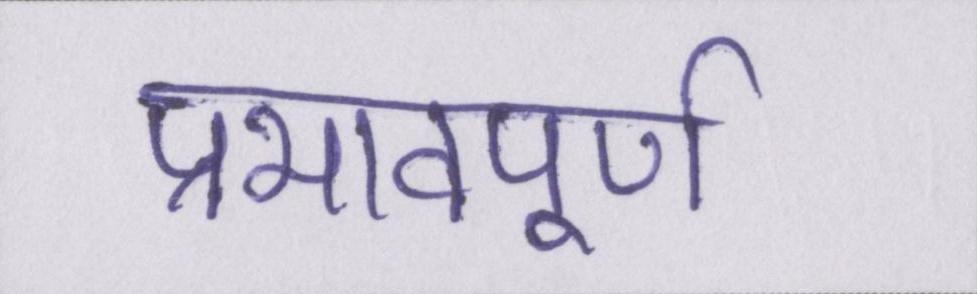
प्रभावपूण्र